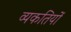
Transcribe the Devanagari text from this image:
व्यकतियों